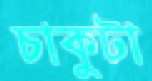
চাকুটা